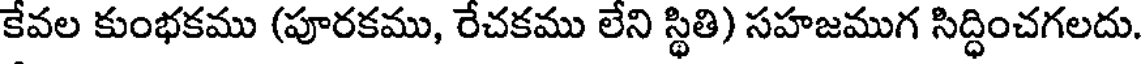
కేవల కుంభకము (పూరకము, రేచకము లేని స్థితి) సహజముగ సిద్ధించగలదు.